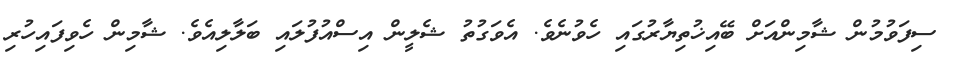
ސިފަވުމުން ޝާމިންއަށް ބޭއިޚުތިޔާރުގައި ހެވުނެވެ. އެވަގުތު ޝެލީން އިސްއުފުލައި ބަލާލިއެވެ. ޝާމިން ހެވިފައިހުރި